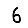
Digit: 6